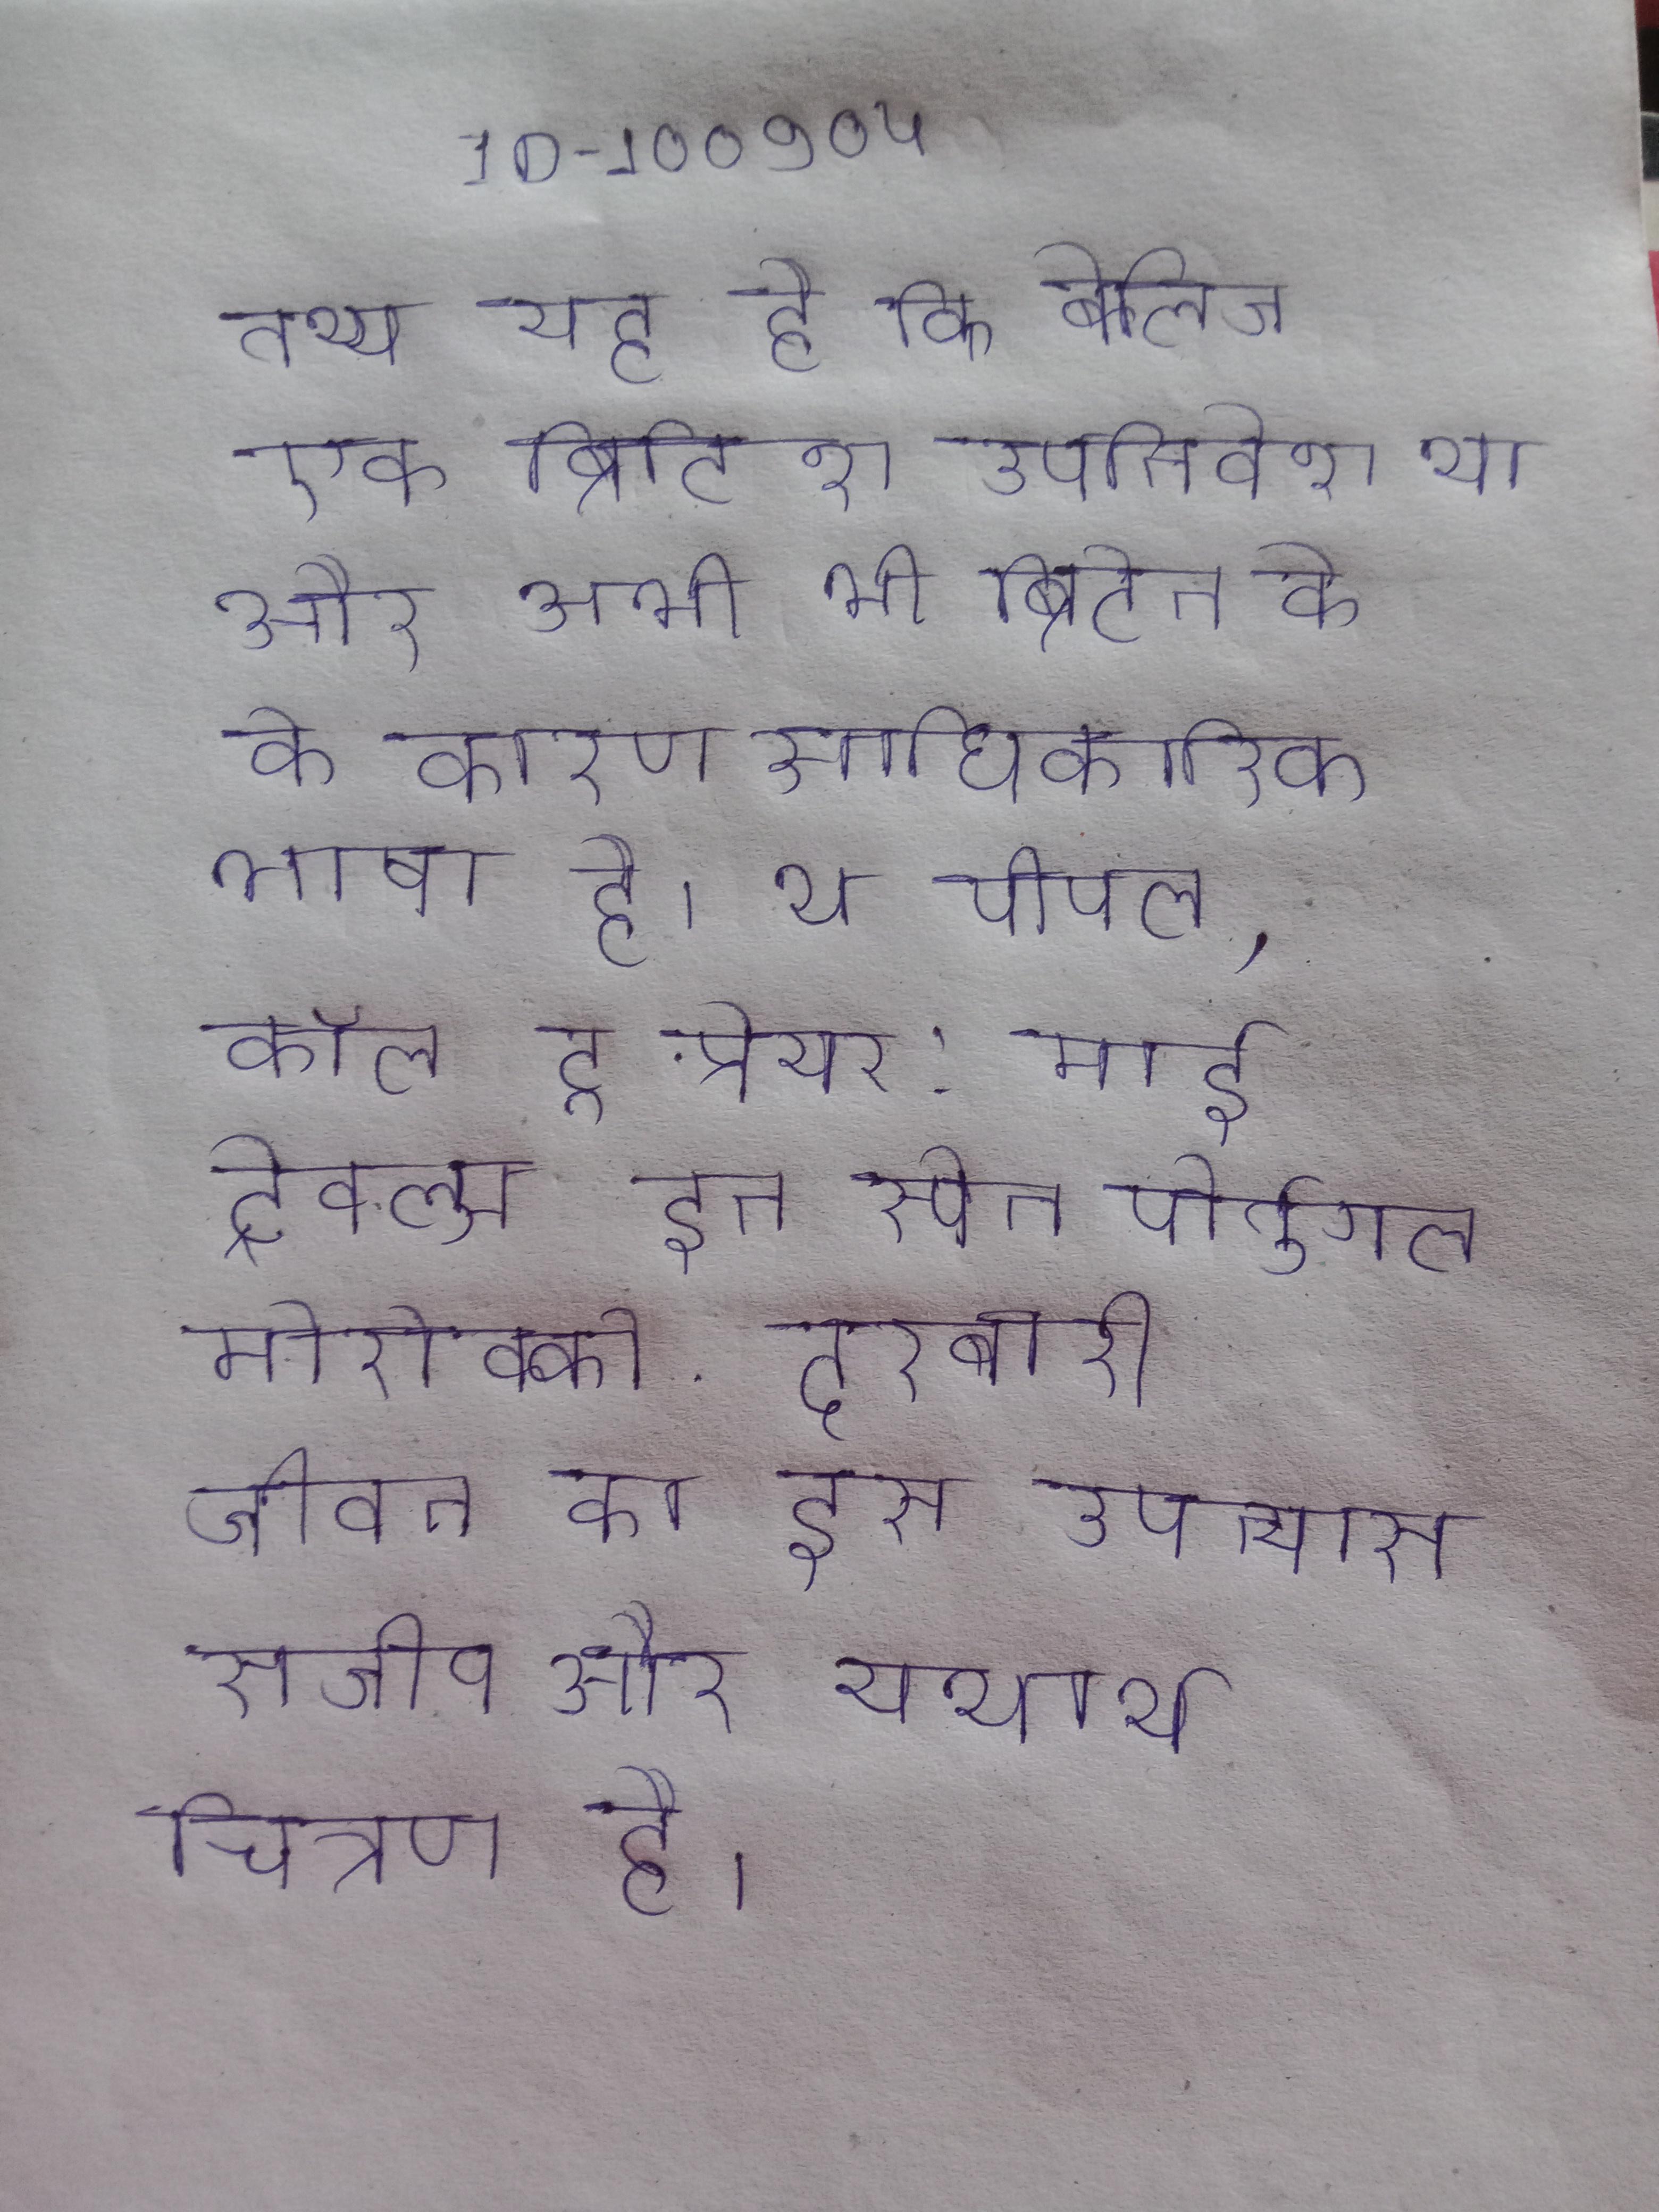
तथ्य यह है कि बेलिज एक ब्रिटिश उपनिवेश था और अभी भी ब्रिटेन के के कारण आधिकारिक भाषा है । थ पीपल, कॉल टू प्रेयर: माई ट्रेवल्स इन स्पेन पोर्तुगल मोरोक्को . दरबारी जीवन का इस उपन्यास सजीव और यथार्थ चित्रण है ।